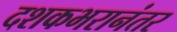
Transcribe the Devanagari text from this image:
दशकभरानंतर